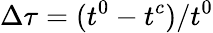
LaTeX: \Delta\tau=(t^{0}-t^{c})/t^{0}